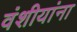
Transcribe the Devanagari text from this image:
वंशीयांना